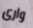
وارى